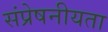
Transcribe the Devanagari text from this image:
संप्रेषनीयता